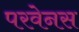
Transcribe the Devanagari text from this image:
परवेनस